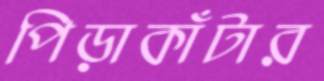
পিড়াকাঁটার